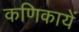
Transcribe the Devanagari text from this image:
कणिकायें